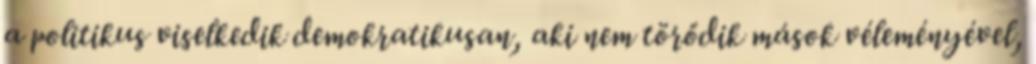
a politikus viselkedik demokratikusan, aki nem törődik mások véleményével,